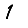
Digit: 1